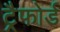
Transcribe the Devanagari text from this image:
ट्रैफोर्ड